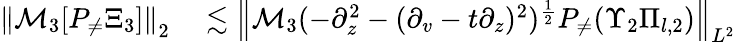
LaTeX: \begin{array}{rl}{\left\| \mathcal{M}_{3}[P_{\neq}\Xi_{3}]\right\| _{2}}&{{}\lesssim\left\| \mathcal{M}_{3}(-\partial_{z}^{2}-(\partial_{v}-t\partial_{z})^{2})^{\frac 12}P_{\neq}(\Upsilon_{2}\Pi_{l,2})\right\| _{L^{2}}}\end{array}